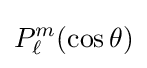
P_{\ell }^{m}(\cos \theta )